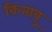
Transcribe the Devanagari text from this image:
किताबु